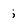
Character: i